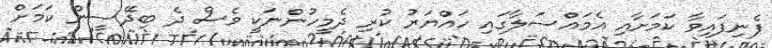
ފެނިފައިވާ ކަމަށާއި އެމައްސަލާގައި ހައްޔަރު ކުރި ދެމީހުންނަކީ ވެސް ދެ ބިދޭސީން ކަމަށް